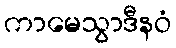
ကာမေသွာဒီနဝံ